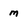
Character: m